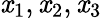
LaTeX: \mathit{x}_{1},\mathit{x}_{2},\mathit{x}_{3}